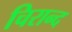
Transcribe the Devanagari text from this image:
चिरान्द